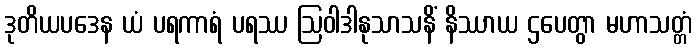
ဒုတိယပဒေန ယံ ပရကာရံ ပရဿ ဩဝါဒါနုသာသနိံ နိဿာယ ဌပေတွာ မဟာသတ္တံ